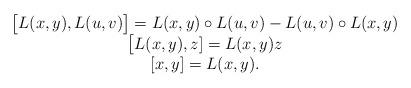
LaTeX: \begin{align*} \begin{matrix}\bigl[L(x,y),L(u,v)\bigr]=L(x,y)\circ L(u,v)- L(u,v)\circ L(x,y)\\ \bigl[L(x,y),z]=L(x,y)z\\ [x,y]=L(x,y). \end{matrix}\end{align*}